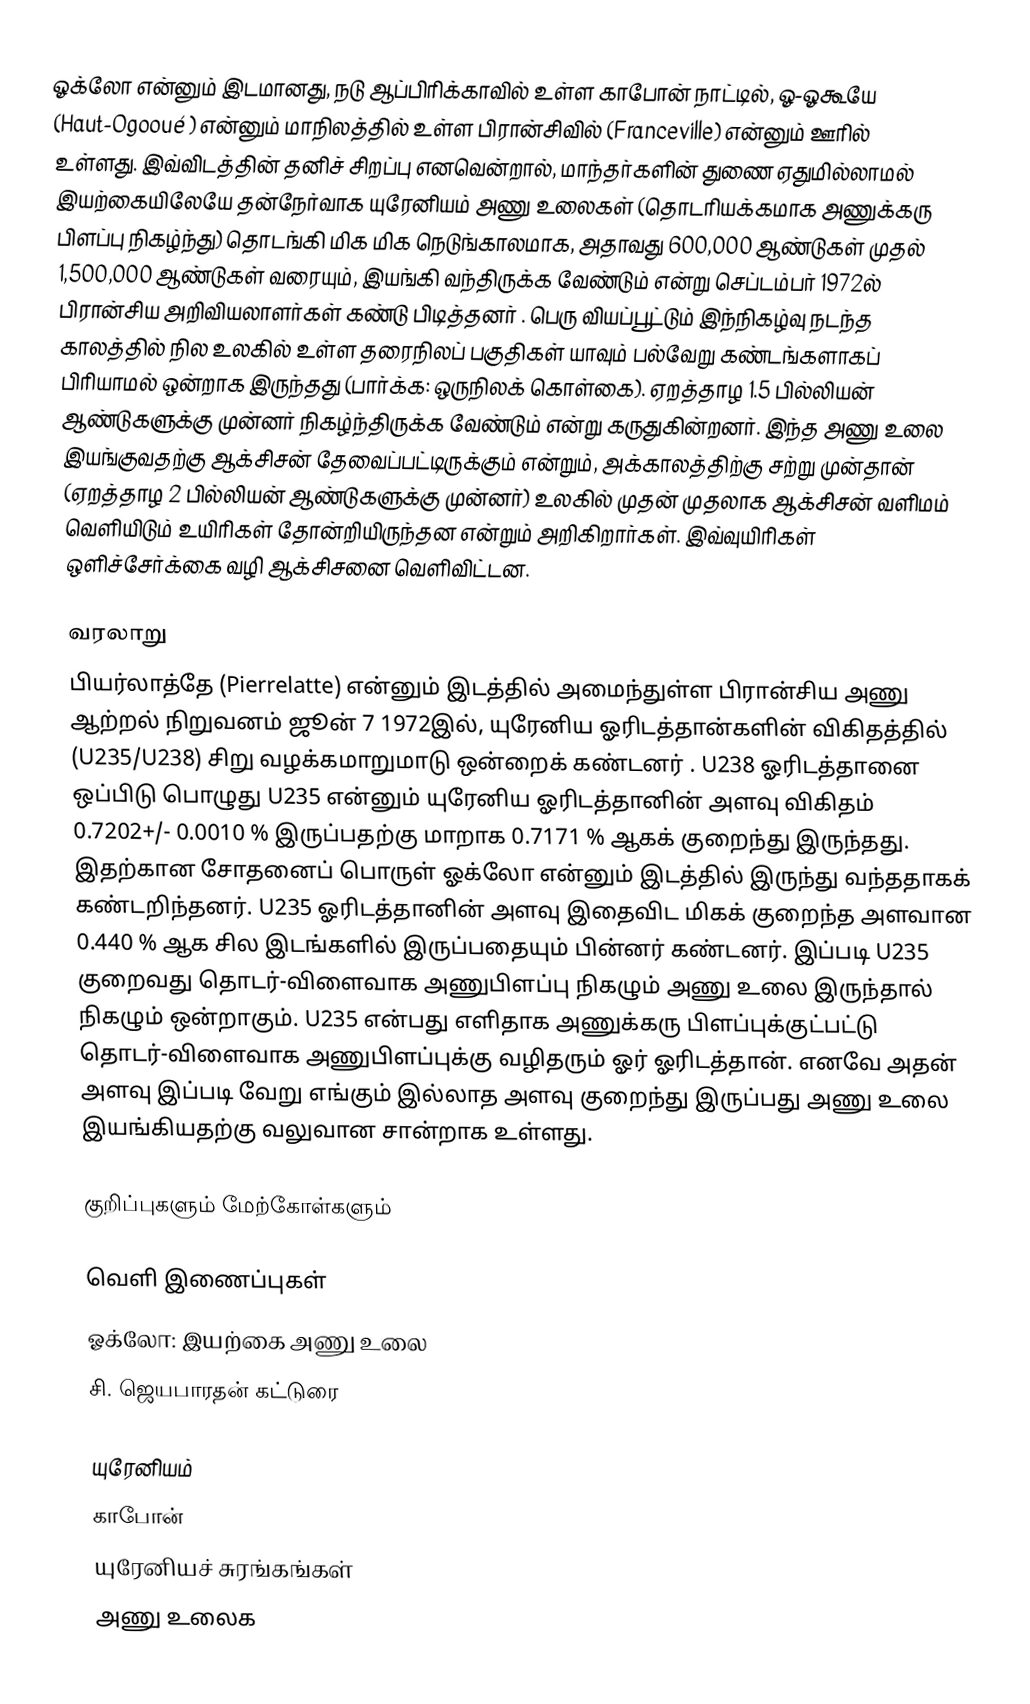
ஓக்லோ என்னும் இடமானது, நடு ஆப்பிரிக்காவில் உள்ள காபோன் நாட்டில், ஓ-ஓகூயே (Haut-Ogooué ) என்னும் மாநிலத்தில் உள்ள பிரான்சிவில் (Franceville) என்னும் ஊரில் உள்ளது. இவ்விடத்தின் தனிச் சிறப்பு எனவென்றால், மாந்தர்களின் துணை ஏதுமில்லாமல் இயற்கையிலேயே தன்நேர்வாக யுரேனியம் அணு உலைகள் (தொடரியக்கமாக அணுக்கரு பிளப்பு நிகழ்ந்து) தொடங்கி மிக மிக நெடுங்காலமாக, அதாவது 600,000 ஆண்டுகள் முதல் 1,500,000 ஆண்டுகள் வரையும், இயங்கி வந்திருக்க வேண்டும் என்று செப்டம்பர் 1972ல் பிரான்சிய அறிவியலாளர்கள் கண்டு பிடித்தனர் . பெரு வியப்பூட்டும் இந்நிகழ்வு நடந்த காலத்தில் நில உலகில் உள்ள தரைநிலப் பகுதிகள் யாவும் பல்வேறு கண்டங்களாகப் பிரியாமல் ஒன்றாக இருந்தது (பார்க்க: ஒருநிலக் கொள்கை). ஏறத்தாழ 1.5 பில்லியன் ஆண்டுகளுக்கு முன்னர் நிகழ்ந்திருக்க வேண்டும் என்று கருதுகின்றனர். இந்த அணு உலை இயங்குவதற்கு ஆக்சிசன் தேவைப்பட்டிருக்கும் என்றும், அக்காலத்திற்கு சற்று முன்தான் (ஏறத்தாழ 2 பில்லியன் ஆண்டுகளுக்கு முன்னர்) உலகில் முதன் முதலாக ஆக்சிசன் வளிமம் வெளியிடும் உயிரிகள் தோன்றியிருந்தன என்றும் அறிகிறார்கள். இவ்வுயிரிகள் ஒளிச்சேர்க்கை வழி ஆக்சிசனை வெளிவிட்டன.

வரலாறு
பியர்லாத்தே (Pierrelatte) என்னும் இடத்தில் அமைந்துள்ள பிரான்சிய அணு ஆற்றல் நிறுவனம் ஜூன் 7 1972இல், யுரேனிய ஓரிடத்தான்களின் விகிதத்தில் (U235/U238) சிறு வழக்கமாறுமாடு ஒன்றைக்  கண்டனர் . U238 ஓரிடத்தானை ஒப்பிடு பொழுது U235 என்னும் யுரேனிய ஓரிடத்தானின் அளவு விகிதம்  0.7202+/- 0.0010 % இருப்பதற்கு மாறாக 0.7171 % ஆகக் குறைந்து இருந்தது. இதற்கான சோதனைப் பொருள் ஓக்லோ என்னும் இடத்தில் இருந்து வந்ததாகக் கண்டறிந்தனர்.  U235 ஓரிடத்தானின் அளவு இதைவிட மிகக் குறைந்த அளவான 0.440 % ஆக சில இடங்களில் இருப்பதையும் பின்னர் கண்டனர். இப்படி U235 குறைவது தொடர்-விளைவாக அணுபிளப்பு நிகழும் அணு உலை இருந்தால் நிகழும் ஒன்றாகும். U235 என்பது எளிதாக அணுக்கரு பிளப்புக்குட்பட்டு தொடர்-விளைவாக அணுபிளப்புக்கு வழிதரும் ஓர் ஓரிடத்தான். எனவே அதன் அளவு இப்படி வேறு எங்கும் இல்லாத அளவு குறைந்து இருப்பது அணு உலை இயங்கியதற்கு வலுவான சான்றாக உள்ளது.

குறிப்புகளும் மேற்கோள்களும்

வெளி இணைப்புகள்
ஓக்லோ: இயற்கை அணு உலை
சி. ஜெயபாரதன் கட்டுரை

யுரேனியம்
காபோன்
யுரேனியச் சுரங்கங்கள்
அணு உலைக